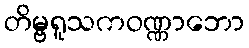
တိမ္ဗရူသကဝဏ္ဏာဘော